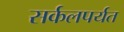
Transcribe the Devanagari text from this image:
सर्कलपर्यत